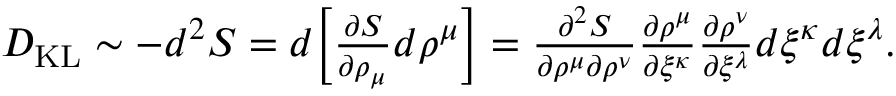
\begin{array} { r } { D _ { \mathrm { K L } } \sim - d ^ { 2 } S = d \bigg [ \frac { \partial S } { \partial \rho _ { \mu } } d \rho ^ { \mu } \bigg ] = \frac { \partial ^ { 2 } S } { \partial \rho ^ { \mu } \partial \rho ^ { \nu } } \frac { \partial \rho ^ { \mu } } { \partial \xi ^ { \kappa } } \frac { \partial \rho ^ { \nu } } { \partial \xi ^ { \lambda } } d \xi ^ { \kappa } d \xi ^ { \lambda } . } \end{array}